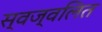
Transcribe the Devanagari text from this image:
स्वज्वलित